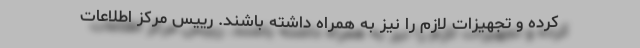
کرده و تجهیزات لازم را نیز به همراه داشته باشند. رییس مرکز اطلاعات